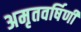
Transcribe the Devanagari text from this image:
अमृतवर्षिणी